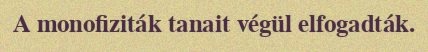
A monofiziták tanait végül elfogadták.